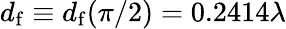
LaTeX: d_{\mathrm{f}}\equiv d_{\mathrm{f}}(\pi/2)=0.2414\lambda